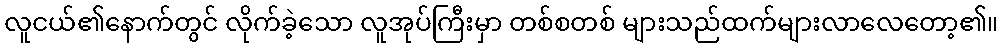
လူငယ်၏နောက်တွင် လိုက်ခဲ့သော လူအုပ်ကြီးမှာ တစ်စတစ် များသည်ထက်များလာလေတော့၏။